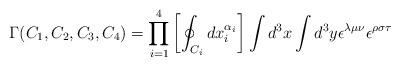
LaTeX: \begin{align*}\Gamma(C_1,C_2,C_3,C_4)=\prod_{i=1}^4\left[\oint_{C_i}dx_i^{\alpha_i}\right]\int d^3x \int d^3y\epsilon^{\lambda\mu\nu}\epsilon^{\rho\sigma\tau}\end{align*}